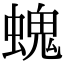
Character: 螝